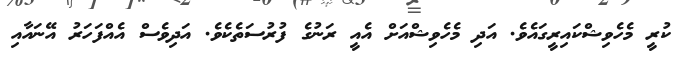
ކުރީ މެހެވިޝްކައިރީގައެވެ. އަދި މެހެވިޝްއަށް އެއީ ރަނުގެ ފުރުސަތެކެވެ. އަދިވެސް އެއްފަހަރު އޭނައާއި